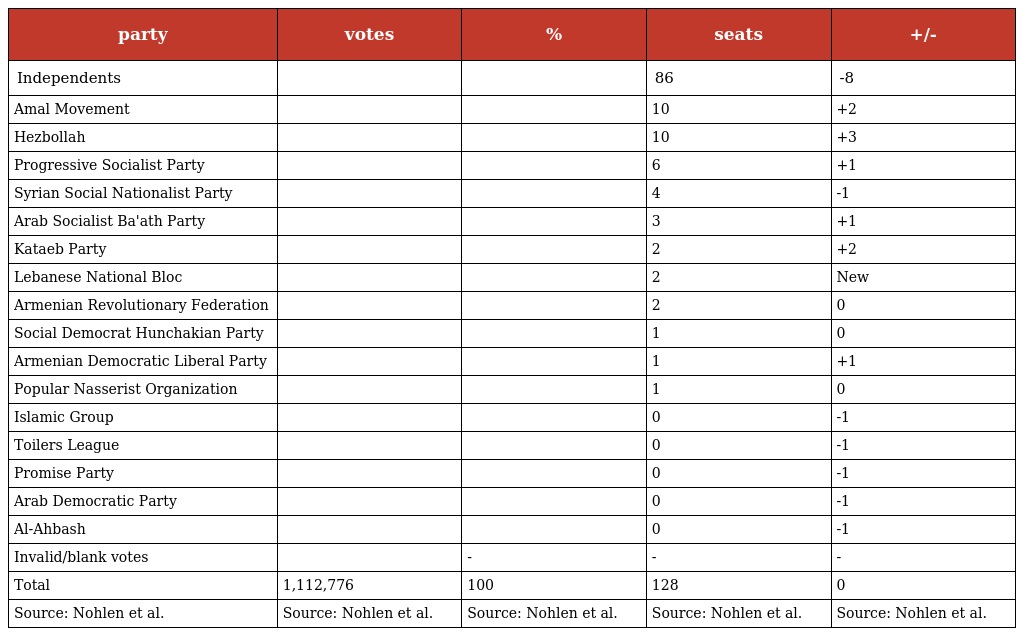
| party | votes | % | seats | +/- |
 | --- | --- | --- | --- | --- |
 | Independents |  |  | 86 | -8 |
 | Amal Movement |  |  | 10 | +2 |
 | Hezbollah |  |  | 10 | +3 |
 | Progressive Socialist Party |  |  | 6 | +1 |
 | Syrian Social Nationalist Party |  |  | 4 | -1 |
 | Arab Socialist Ba'ath Party |  |  | 3 | +1 |
 | Kataeb Party |  |  | 2 | +2 |
 | Lebanese National Bloc |  |  | 2 | New |
 | Armenian Revolutionary Federation |  |  | 2 | 0 |
 | Social Democrat Hunchakian Party |  |  | 1 | 0 |
 | Armenian Democratic Liberal Party |  |  | 1 | +1 |
 | Popular Nasserist Organization |  |  | 1 | 0 |
 | Islamic Group |  |  | 0 | -1 |
 | Toilers League |  |  | 0 | -1 |
 | Promise Party |  |  | 0 | -1 |
 | Arab Democratic Party |  |  | 0 | -1 |
 | Al-Ahbash |  |  | 0 | -1 |
 | Invalid/blank votes |  | - | - | - |
 | Total | 1,112,776 | 100 | 128 | 0 |
 | Source: Nohlen et al. | Source: Nohlen et al. | Source: Nohlen et al. | Source: Nohlen et al. | Source: Nohlen et al. |